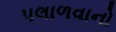
પલાળવાનો